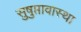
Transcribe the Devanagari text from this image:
सुषुप्तावास्था